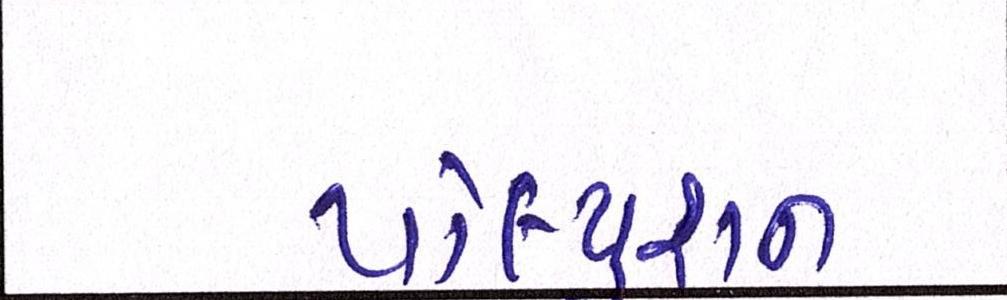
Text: પોલ્યુશન